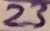
Text: 23